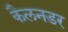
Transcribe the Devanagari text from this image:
कैलनडर